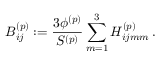
B _ { i j } ^ { ( p ) } : = \frac { 3 \phi ^ { ( p ) } } { S ^ { ( p ) } } \sum _ { m = 1 } ^ { 3 } H _ { i j m m } ^ { ( p ) } \, .